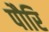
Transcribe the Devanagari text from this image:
पौरि